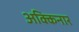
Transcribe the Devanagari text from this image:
अक्किनार